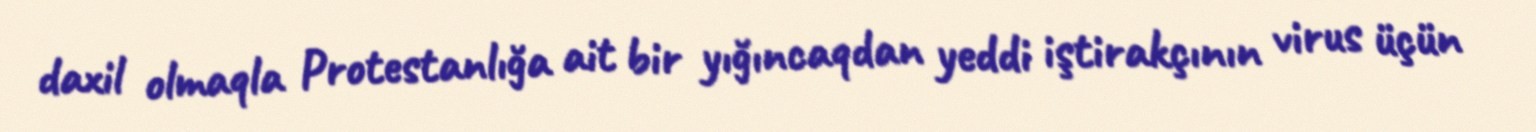
daxil olmaqla Protestanlığa ait bir yığıncaqdan yeddi iştirakçının virus üçün